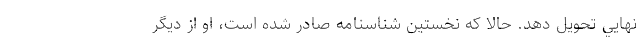
نهايي تحويل دهد. حالا كه نخستين شناسنامه صادر شده است، او از ديگر